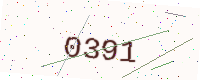
Text: 0391